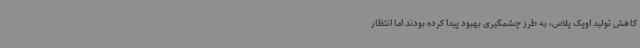
کاهش تولید اوپک پلاس، به طرز چشمگیری بهبود پیدا کرده بودند اما انتظار